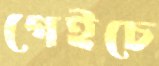
গেইচে